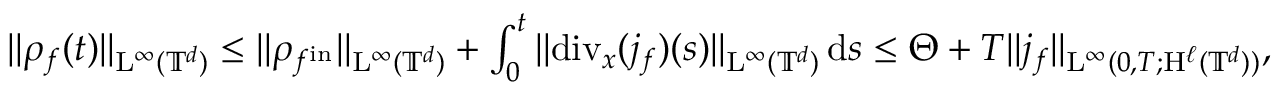
\begin{array} { r } { \Vert \rho _ { f } ( t ) \Vert _ { \mathrm { L } ^ { \infty } ( \mathbb T ^ { d } ) } \leq \Vert \rho _ { f ^ { \mathrm { i n } } } \Vert _ { \mathrm { L } ^ { \infty } ( \mathbb T ^ { d } ) } + \int _ { 0 } ^ { t } \Vert \mathrm { d i v } _ { x } ( j _ { f } ) ( s ) \Vert _ { \mathrm { L } ^ { \infty } ( \mathbb T ^ { d } ) } \, \mathrm { d } s \leq \Theta + T \Vert j _ { f } \Vert _ { \mathrm { L } ^ { \infty } ( 0 , T ; \mathrm { H } ^ { \ell } ( \mathbb T ^ { d } ) ) } , } \end{array}